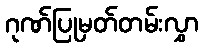
ဂုဏ်ပြုမှတ်တမ်းလွှာ